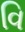
વિ